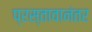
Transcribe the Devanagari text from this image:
प्रस्तावानंतर